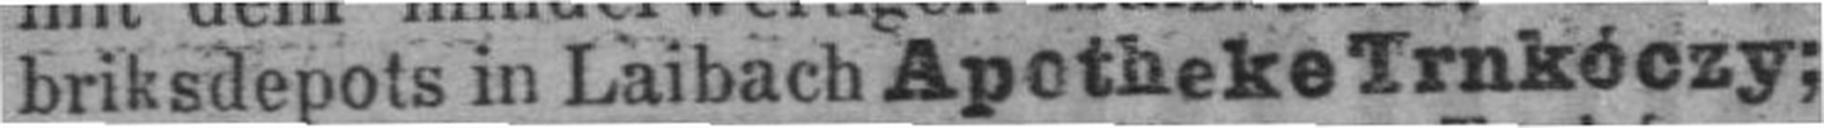
briksdepots in Laibach Apotheke Trnkóczy;